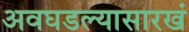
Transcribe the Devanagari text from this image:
अवघडल्यासारखं